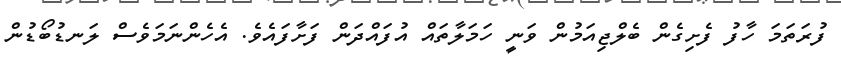
ފުރަތަމަ ހާފު ފެށިގެން ބެލްޖިއަމުން ވަނީ ހަމަލާތައް އުފައްދަން ފަށާފައެވެ. އެހެންނަމަވެސް ލަނޑުބޯޑުން